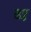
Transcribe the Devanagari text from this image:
ढ़ठ्ठ